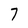
Character: 7